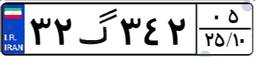
۳۲گ۳۴۲۰۵